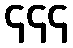
၄၄၄